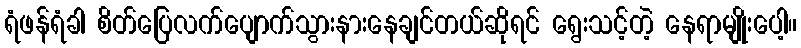
ရံဖန်ရံခါ စိတ်ပြေလက်ပျောက်သွားနားနေချင်တယ်ဆိုရင် ရွေးသင့်တဲ့ နေရာမျိုးပေါ့။